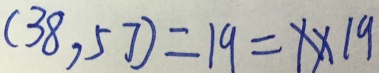
( 3 8 , 5 7 ) = 1 9 = x \times 1 9